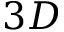
3 D